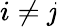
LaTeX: i\neq\mathit{j}